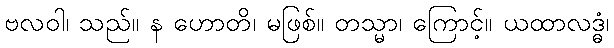
ဗလဝါ၊ သည်။ န ဟောတိ၊ မဖြစ်။ တသ္မာ၊ ကြောင့်။ ယထာလဒ္ဓံ၊